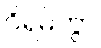
ဝိရမိတွာ